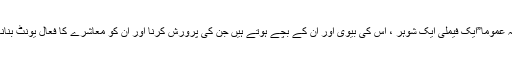
یہ بھی سمجھنے کی ضرورت ہے کہ عموما”ایک فیملی ایک شوہر ، اس کی بیوی اور ان کے بچے ہوتے ہیں جن کی پرورش کرنا اور ان کو معاشرے کا فعال یونٹ بنانا ان کی سب سے بڑی ذمہ داری ہے۔